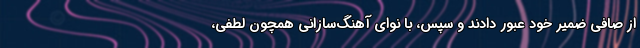
از صافی ضمیر خود عبور دادند و سپس، با نوای آهنگ‌سازانی همچون لطفی،